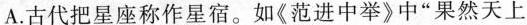
A.古代把星座称作星宿。如《范进中举》中”果然天上